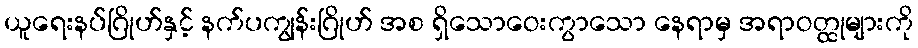
ယူရေးနပ်ဂြိုဟ်နှင့် နက်ပကျွန်းဂြိုဟ် အစ ရှိသောဝေးကွာသော နေရာမှ အရာဝတ္ထုများကို